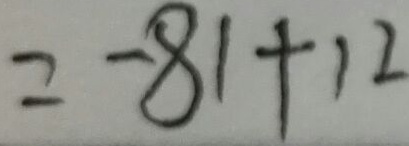
= - 8 1 + 1 2